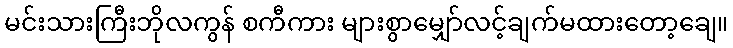
မင်းသားကြီးဘိုလကွန် စကီကား များစွာမျှော်လင့်ချက်မထားတော့ချေ။